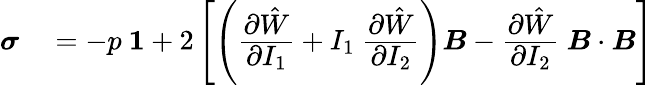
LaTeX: \begin{array}{rl}{{\boldsymbol{\sigma}}}&{{}=-p~{\boldsymbol{\mathit{1}}}+2\left[\left({\cfrac{\partial{\hat{W}}}{\partial I_{1}}}+I_{1}~{\cfrac{\partial{\hat{W}}}{\partial I_{2}}}\right){\boldsymbol{B}}-{\cfrac{\partial{\hat{W}}}{\partial I_{2}}}~{\boldsymbol{B}}\cdot{\boldsymbol{B}}\right]}\end{array}